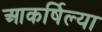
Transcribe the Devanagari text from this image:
आकर्षिल्या